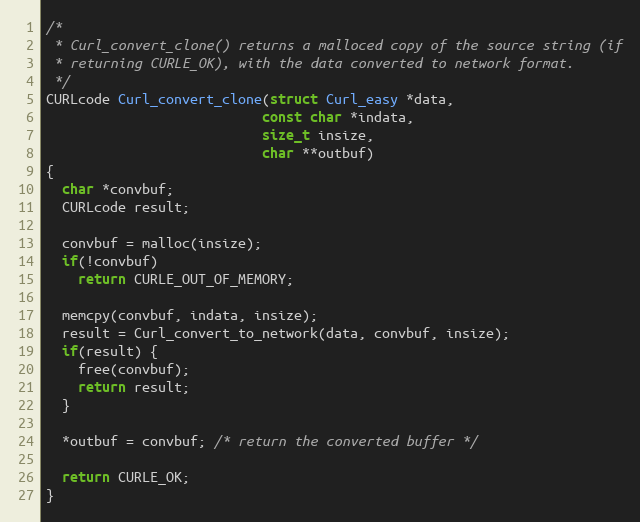
Language: C
/*
 * Curl_convert_clone() returns a malloced copy of the source string (if
 * returning CURLE_OK), with the data converted to network format.
 */
CURLcode Curl_convert_clone(struct Curl_easy *data,
                           const char *indata,
                           size_t insize,
                           char **outbuf)
{
  char *convbuf;
  CURLcode result;

  convbuf = malloc(insize);
  if(!convbuf)
    return CURLE_OUT_OF_MEMORY;

  memcpy(convbuf, indata, insize);
  result = Curl_convert_to_network(data, convbuf, insize);
  if(result) {
    free(convbuf);
    return result;
  }

  *outbuf = convbuf; /* return the converted buffer */

  return CURLE_OK;
}